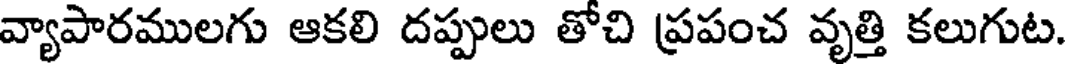
వ్యాపారములగు ఆకలి దప్పులు తోచి ప్రపంచ వృత్తి కలుగుట.